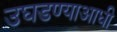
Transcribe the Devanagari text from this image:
उघडण्याआधी